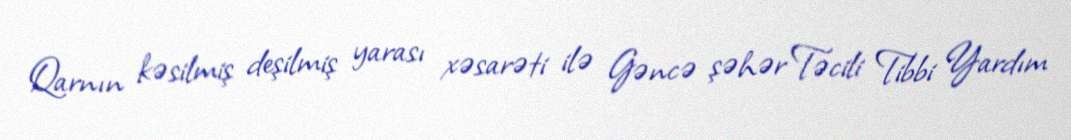
Qarnın kəsilmiş deşilmiş yarası xəsarəti ilə Gəncə şəhər Təcili Tibbi Yardım